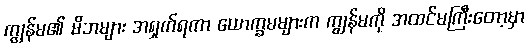
ကျွန်မ၏ မိဘများ အရှက်ရကာ ယောက္ခမများက ကျွန်မကို အထင်မကြီးတော့မှာ